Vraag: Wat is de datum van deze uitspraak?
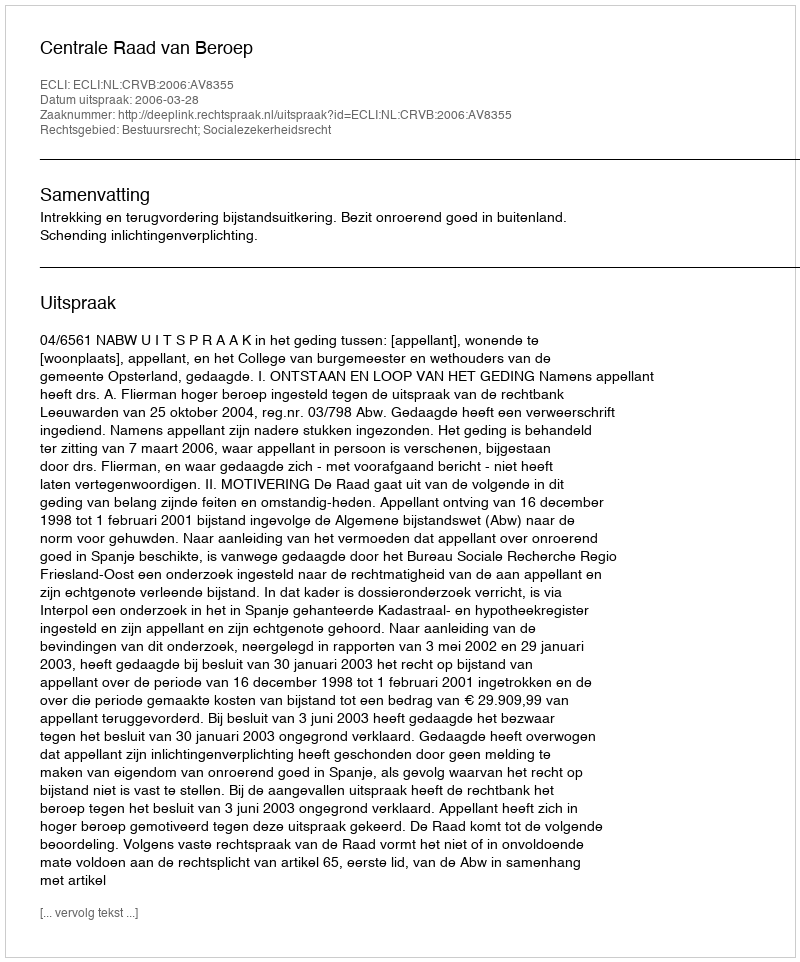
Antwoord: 2006-03-28